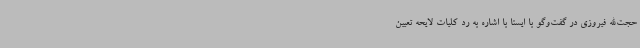
حجت‌الله فیروزی در گفت‌وگو با ایسنا با اشاره به رد کلیات لایحه تعیین